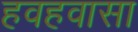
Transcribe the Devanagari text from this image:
हवहवासा